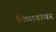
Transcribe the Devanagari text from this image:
गिधाडावर